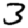
Digit: 3